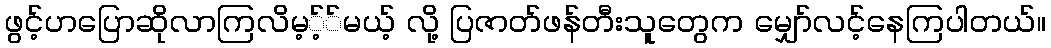
ဖွင့်ဟပြောဆိုလာကြလိမ့့််မယ့် လို့ ပြဇာတ်ဖန်တီးသူတွေက မျှော်လင့်နေကြပါတယ်။